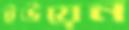
ইউয়েন